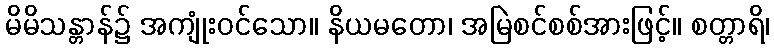
မိမိသန္တာန်၌ အကျုံးဝင်သော။ နိယမတော၊ အမြဲစင်စစ်အားဖြင့်။ စတ္တာရိ၊